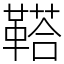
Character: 鞳